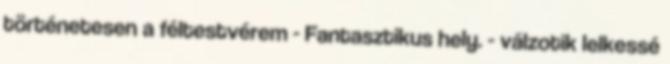
történetesen a féltestvérem - Fantasztikus hely. - válzotik lelkessé